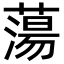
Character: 蕩